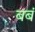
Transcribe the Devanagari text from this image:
बबं